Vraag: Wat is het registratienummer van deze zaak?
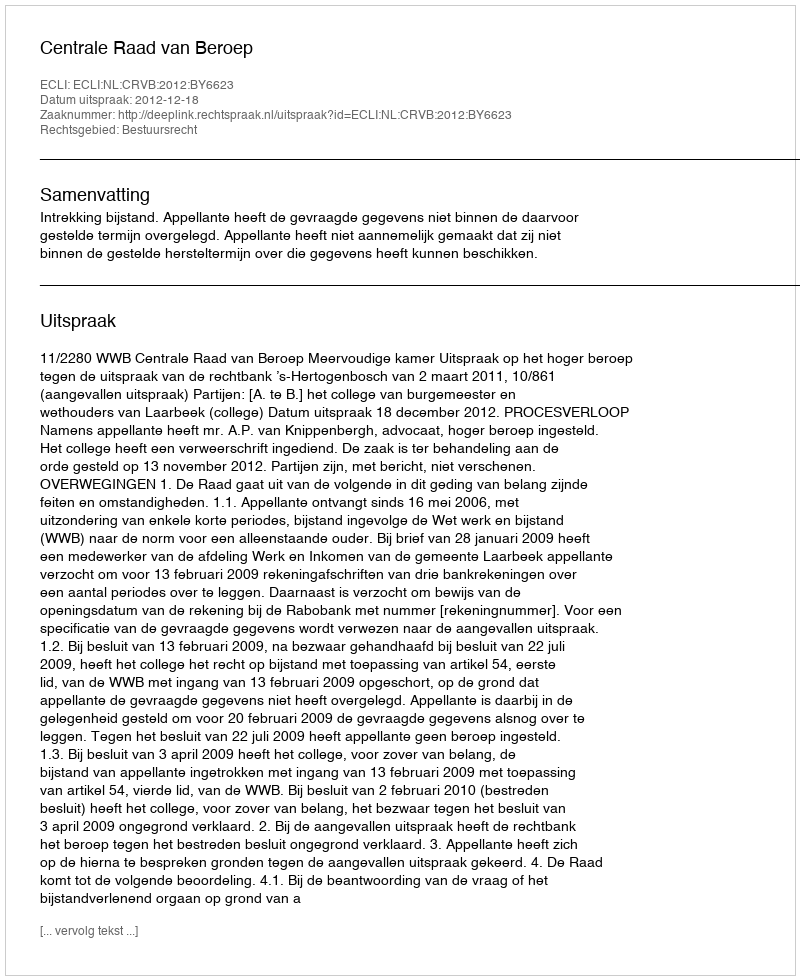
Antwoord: http://deeplink.rechtspraak.nl/uitspraak?id=ECLI:NL:CRVB:2012:BY6623